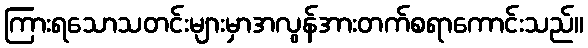
ကြားရသောသတင်းများမှာအလွန်အားတက်စရာကောင်းသည်။